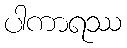
ပါကာရဿ